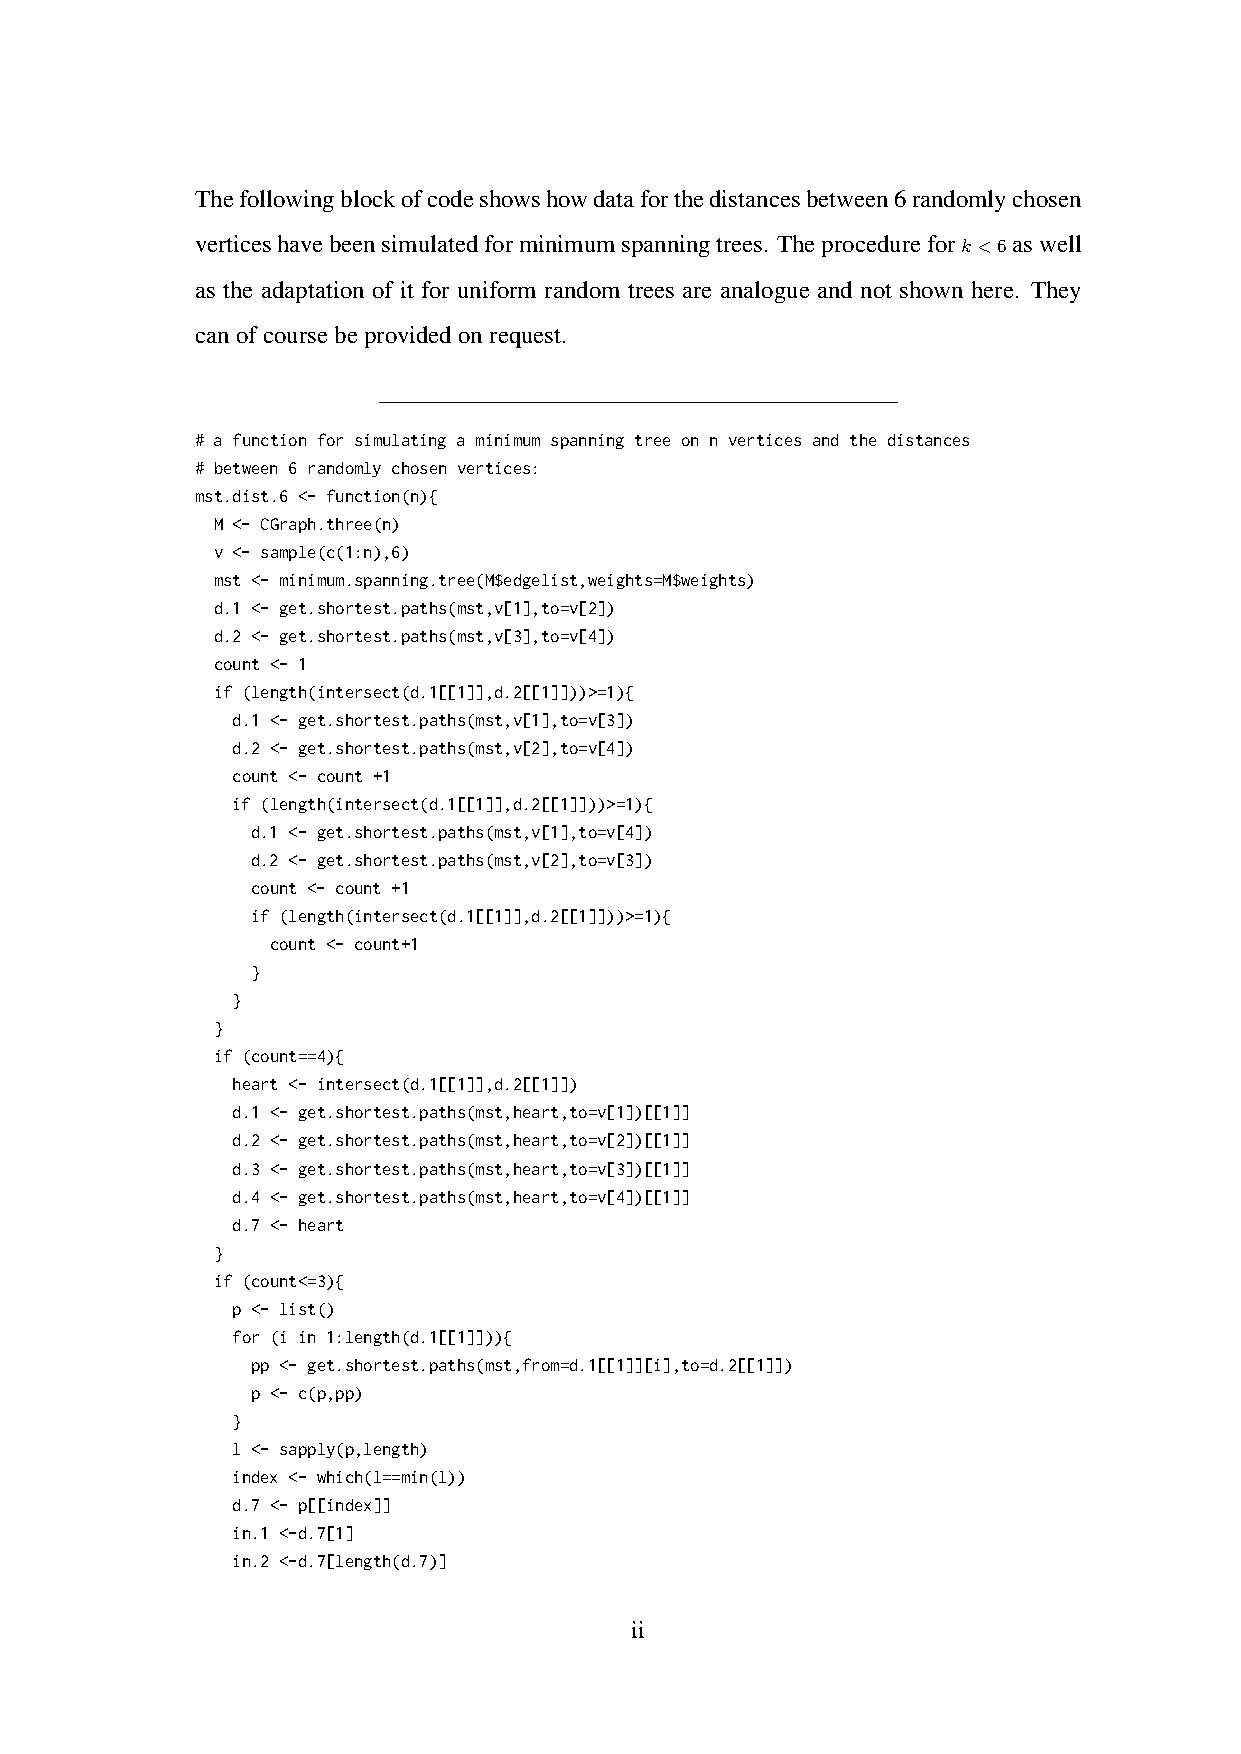
Thefollowingblockofcodeshowshowdataforthedistancesbetween6randomlychosen
 verticeshavebeensimulatedforminimumspanningtrees. Theprocedurefork<6aswell
 as the adaptation of it for uniform random trees are analogue and not shown here. They
 canofcoursebeprovidedonrequest.
 # a function for simulating a minimum spanning tree on n vertices and the distances
 # between 6 randomly chosen vertices:
 mst.dist.6 <- function(n){
 M <- CGraph.three(n)
 v <- sample(c(1:n),6)
 mst <- minimum.spanning.tree(M$edgelist,weights=M$weights)
 d.1 <- get.shortest.paths(mst,v[1],to=v[2])
 d.2 <- get.shortest.paths(mst,v[3],to=v[4])
 count <- 1
 if (length(intersect(d.1[[1]],d.2[[1]]))>=1){
 d.1 <- get.shortest.paths(mst,v[1],to=v[3])
 d.2 <- get.shortest.paths(mst,v[2],to=v[4])
 count <- count +1
 if (length(intersect(d.1[[1]],d.2[[1]]))>=1){
 d.1 <- get.shortest.paths(mst,v[1],to=v[4])
 d.2 <- get.shortest.paths(mst,v[2],to=v[3])
 count <- count +1
 if (length(intersect(d.1[[1]],d.2[[1]]))>=1){
 count <- count+1
 }
 }
 }
 if (count==4){
 heart <- intersect(d.1[[1]],d.2[[1]])
 d.1 <- get.shortest.paths(mst,heart,to=v[1])[[1]]
 d.2 <- get.shortest.paths(mst,heart,to=v[2])[[1]]
 d.3 <- get.shortest.paths(mst,heart,to=v[3])[[1]]
 d.4 <- get.shortest.paths(mst,heart,to=v[4])[[1]]
 d.7 <- heart
 }
 if (count<=3){
 p <- list()
 for (i in 1:length(d.1[[1]])){
 pp <- get.shortest.paths(mst,from=d.1[[1]][i],to=d.2[[1]])
 p <- c(p,pp)
 }
 l <- sapply(p,length)
 index <- which(l==min(l))
 d.7 <- p[[index]]
 in.1 <-d.7[1]
 in.2 <-d.7[length(d.7)]
 ii